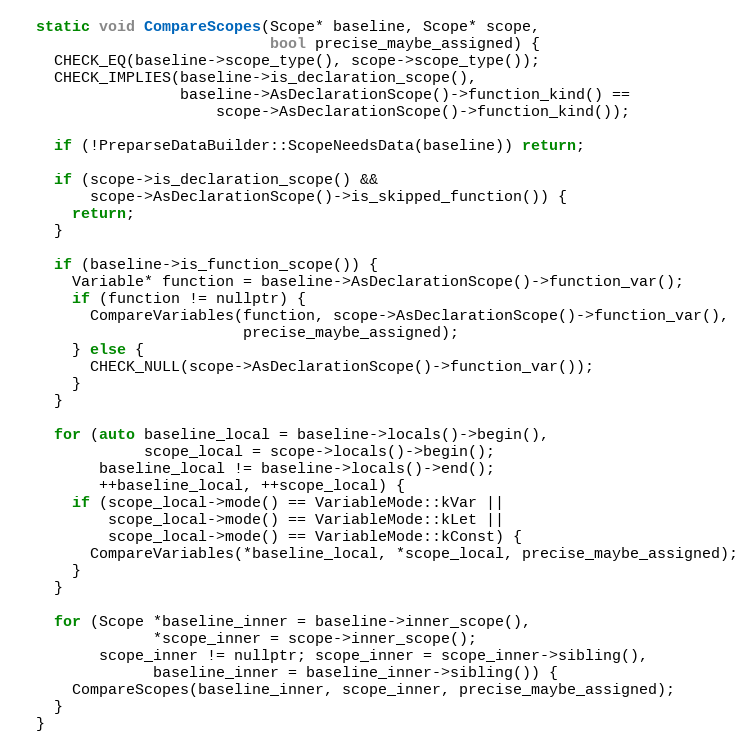
Language: C
  static void CompareScopes(Scope* baseline, Scope* scope,
                            bool precise_maybe_assigned) {
    CHECK_EQ(baseline->scope_type(), scope->scope_type());
    CHECK_IMPLIES(baseline->is_declaration_scope(),
                  baseline->AsDeclarationScope()->function_kind() ==
                      scope->AsDeclarationScope()->function_kind());

    if (!PreparseDataBuilder::ScopeNeedsData(baseline)) return;

    if (scope->is_declaration_scope() &&
        scope->AsDeclarationScope()->is_skipped_function()) {
      return;
    }

    if (baseline->is_function_scope()) {
      Variable* function = baseline->AsDeclarationScope()->function_var();
      if (function != nullptr) {
        CompareVariables(function, scope->AsDeclarationScope()->function_var(),
                         precise_maybe_assigned);
      } else {
        CHECK_NULL(scope->AsDeclarationScope()->function_var());
      }
    }

    for (auto baseline_local = baseline->locals()->begin(),
              scope_local = scope->locals()->begin();
         baseline_local != baseline->locals()->end();
         ++baseline_local, ++scope_local) {
      if (scope_local->mode() == VariableMode::kVar ||
          scope_local->mode() == VariableMode::kLet ||
          scope_local->mode() == VariableMode::kConst) {
        CompareVariables(*baseline_local, *scope_local, precise_maybe_assigned);
      }
    }

    for (Scope *baseline_inner = baseline->inner_scope(),
               *scope_inner = scope->inner_scope();
         scope_inner != nullptr; scope_inner = scope_inner->sibling(),
               baseline_inner = baseline_inner->sibling()) {
      CompareScopes(baseline_inner, scope_inner, precise_maybe_assigned);
    }
  }